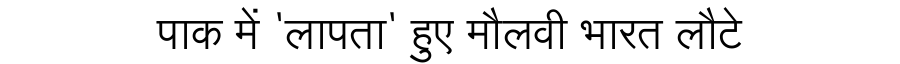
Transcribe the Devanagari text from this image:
पाक में 'लापता' हुए मौलवी भारत लौटे